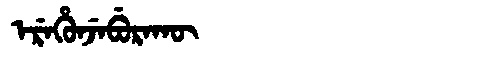
Manchu: ᡝᡵᡝᡥᡠᠨᠵᡝᠪᡠᡵᠠᡴᡡ
Romanization: EREHUNJEBURAKŪ